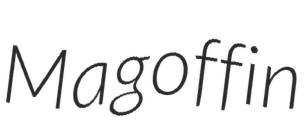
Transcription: Magoffin